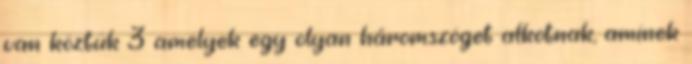
van köztük 3 amelyek egy olyan háromszöget alkotnak, aminek